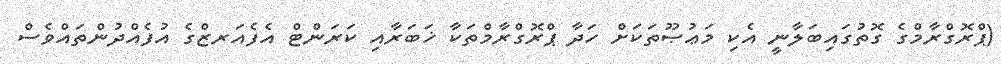
(ޕްރޮގްރާމްގެ ގޮތުގައިބަލާނީ އެކި މަޢުޞޫތަކަށް ހަދާ ޕްރޮގްރާމްތަކާ ޚަބަރާއި ކަރަންޓް އެފެއަރޒްގެ އުފެއްދުންތައްވެސް